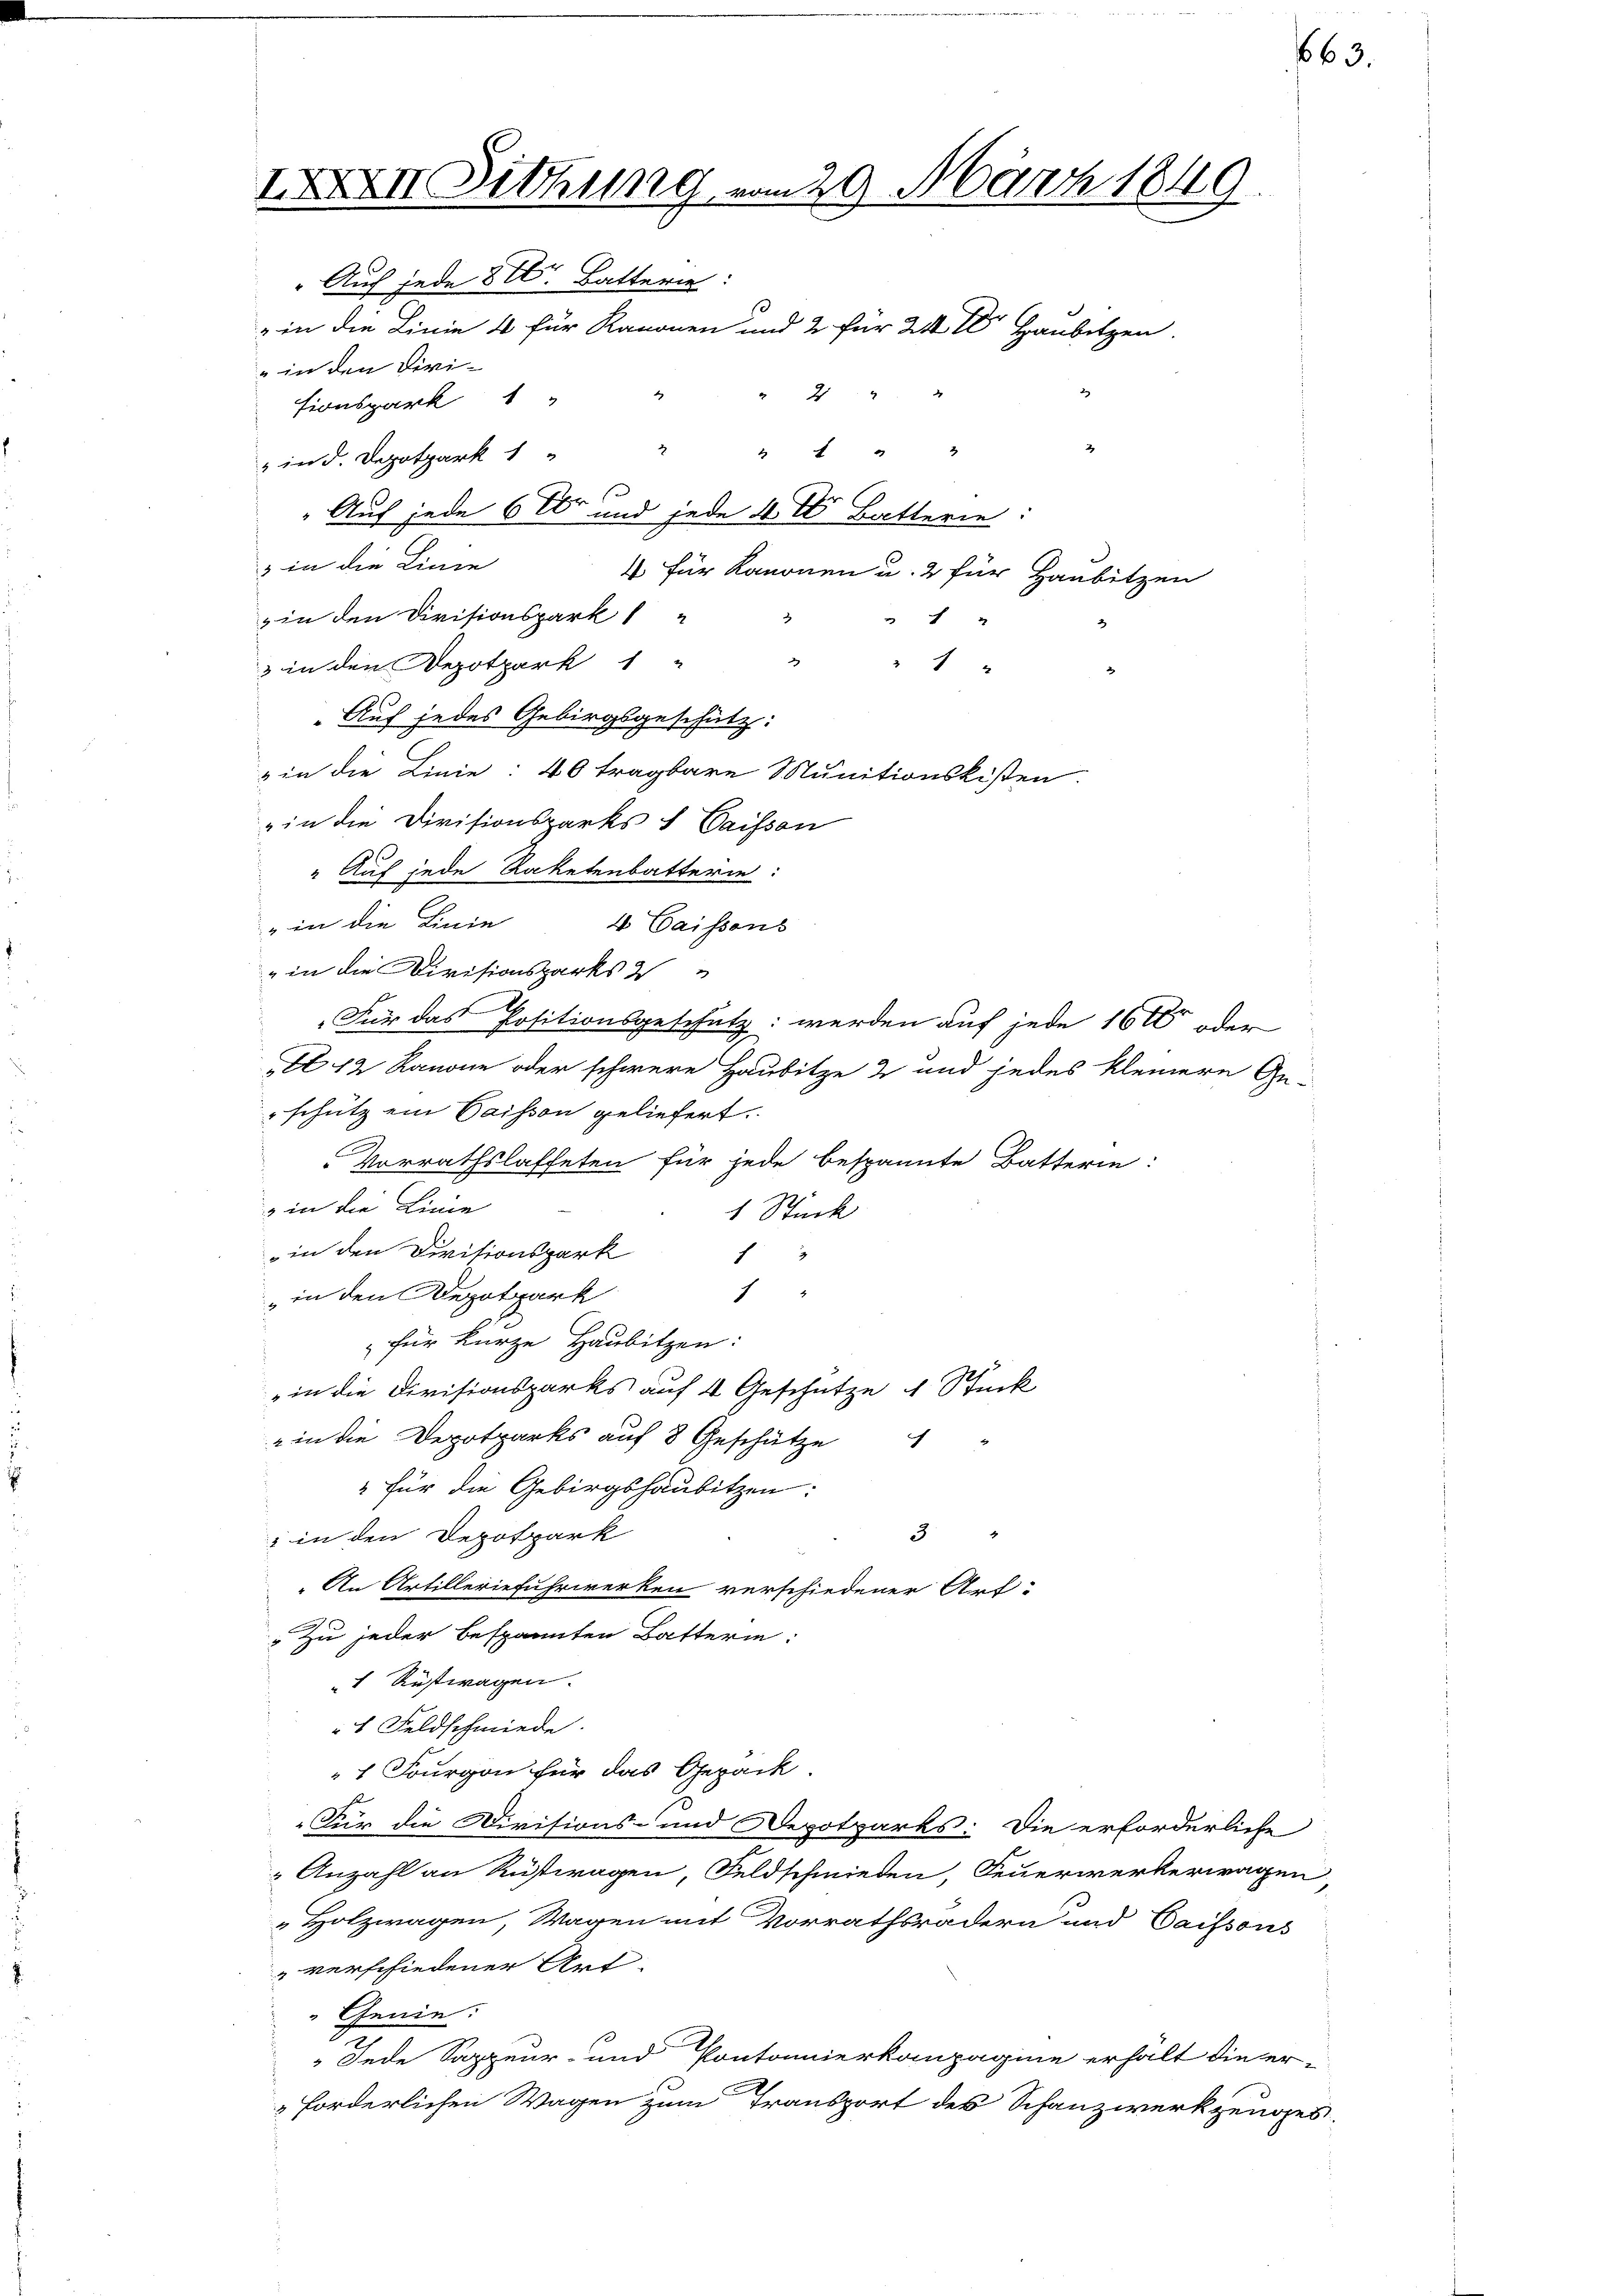
IXXXVII Sitzung vom 29. März 1849.
" Auch jede 8 V. Batterie:
" in die Linie 4 für Kanonen und 2 für 24 Haubelzen.
" in den Diri-
22
tionspark 1 "
2
4 x 2
" in d. Depotpark 1

3 in die Linie
4 für Kanonen u. 2 für Haubitzen
2
in den Divisionspark

3 in den Depotpark 1 "
2 x
Auf jedes Gebirgsgeschütz:
& in die Linie: 40 tragbare Munitionskisten.
„in die Divisionsparks & Caissan
" Auf jede Raketenbatterie:
" in die Linie 4 Caissens
" in die Divisionsparks 2
Für das Positionsgeschätz: werden auf jede 1600 oder
E 12 Kanone oder schwere Hausitze 2 und jedes kleinere Ge-
schütz ein Saison geliefert.
Vorrathslasteten für jede bespannte Batterie:
3 in die Linie
1 Stück
in den Divitionspark
f
" in den Depotpark
1
für kurze Haubitzen:
in die Divisionsparks auf 4 Geschütze 1 Stück
 in die Depotparks auf 8 Geschütze
" für die Gebirgshausitzen:
.
" in den Depotpark
3
An Artilleriefuhrwerken verschiedener Art.
Zu jeder bespannten Batterin:
1 Rustwagen.
1 Feldschmiede
1 Fourgon für das Gepäck.
Für die Divisions- und Depotparks: Die erforderliche
 Anzahl an Rüstwagen, Feldschmieden, Feuerwerkerwagen
Holzwagen, Wagen mit Vorrathsrädern und Caifsons
 verschiedener Art.
Genie:
 Jede Sappeur- und Pontonnierkompagnie erhalt die er-
forderlichen Wagen zum Transport des Schanzwerkzeuges.

" Auf jede 6 Xr und jede 4 Batterie:

63.